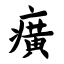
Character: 癀